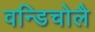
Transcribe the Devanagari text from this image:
वन्डिचोलै